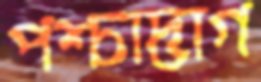
পশ্চাদ্ভাগ